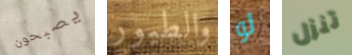
يصبحون والطيور لو تنزل